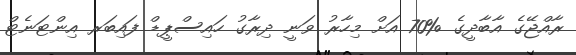
ރާއްޖޭގެ އާބާދީގެ %70 އަށް މިހާރު ވަނީ ދިރާގު ހައިސްޕީޑް ފައިބަރ އިންޓަނެޓް